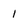
Character: 1